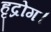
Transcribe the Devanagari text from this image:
हृद्रोग।